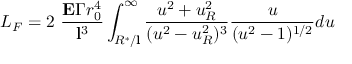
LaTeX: L _ { F } = 2 \ \frac { { \bf E } \Gamma r _ { 0 } ^ { 4 } } { { \bf l } ^ { 3 } } \int _ { R ^ { * } / { \bf l } } ^ { \infty } \frac { u ^ { 2 } + u _ { R } ^ { 2 } } { ( u ^ { 2 } - u _ { R } ^ { 2 } ) ^ { 3 } } \frac { u } { ( u ^ { 2 } - 1 ) ^ { 1 / 2 } } d u